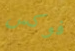
فوكس